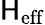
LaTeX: \mathsf{H}_{\mathrm{{eff}}}